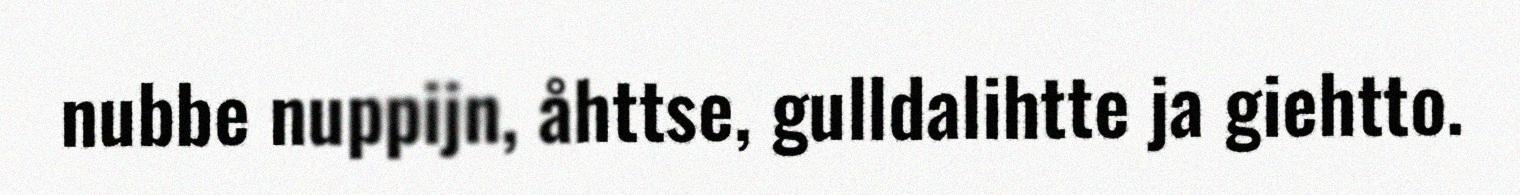
nubbe nuppijn, åhttse, gulldalihtte ja giehtto.